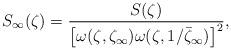
LaTeX: \begin{align*}S_\infty (\zeta) =\frac{S(\zeta)}{\left[\omega(\zeta,\zeta_\infty)\omega(\zeta,1/\bar\zeta_\infty)\right]^2},\end{align*}